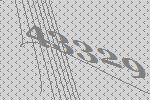
43329